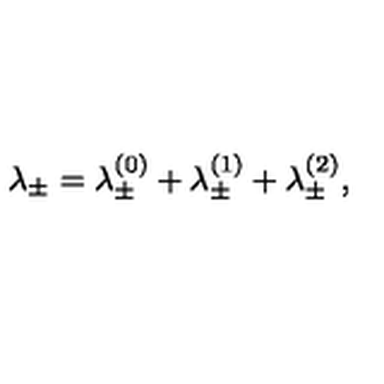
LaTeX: \lambda _ { \pm } = \lambda _ { \pm } ^ { ( 0 ) } + \lambda _ { \pm } ^ { ( 1 ) } + \lambda _ { \pm } ^ { ( 2 ) } ,